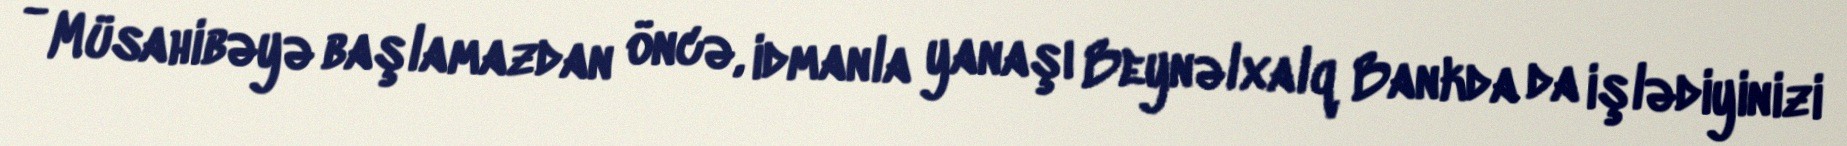
- Müsahibəyə başlamazdan öncə, idmanla yanaşı Beynəlxalq Bankda da işlədiyinizi